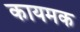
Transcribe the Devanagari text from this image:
कायमक